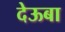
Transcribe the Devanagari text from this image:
देऊबा